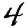
Digit: 4